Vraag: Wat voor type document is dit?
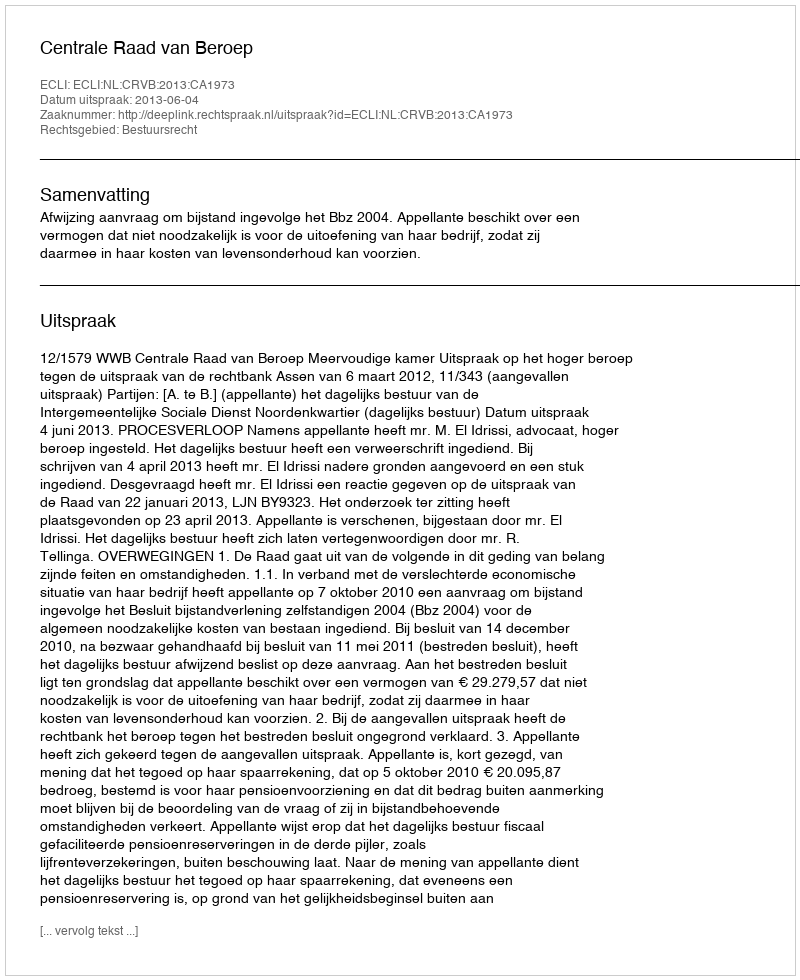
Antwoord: Uitspraak